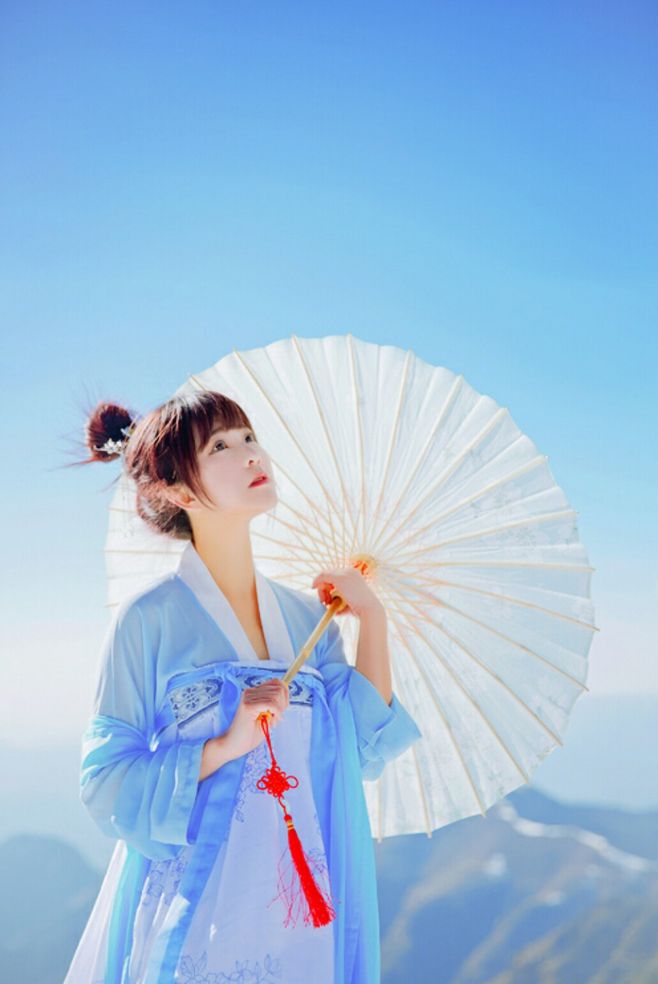
香帏风动花入楼，高调鸣筝缓夜愁。